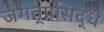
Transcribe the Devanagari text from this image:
जगत्‌प्रसिद्ध